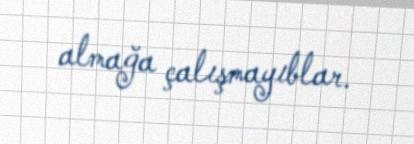
almağa çalışmayıblar.